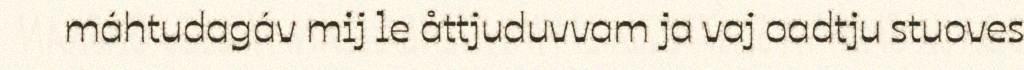
máhtudagáv mij le åttjuduvvam ja vaj oadtju stuoves